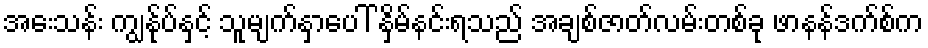
အေးသန်း ကျွနု်ပ်နှင့် သူမျက်နှာပေါ် နှိမ်နင်းရသည် အချစ်ဇာတ်လမ်းတစ်ခု ဖာနန်ဒက်စ်က